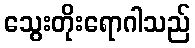
သွေးတိုးရောဂါသည်